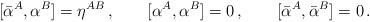
LaTeX: \begin{align*}[\bar{\alpha}^A,\alpha^B]=\eta^{AB}\,,\qquad[\alpha^A,\alpha^B]=0\,,\qquad[\bar{\alpha}^A,\bar{\alpha}^B]=0\,.\end{align*}